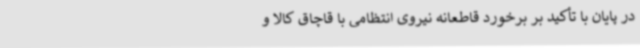
در پایان با تأکید بر برخورد قاطعانه نیروی انتظامی با قاچاق کالا و